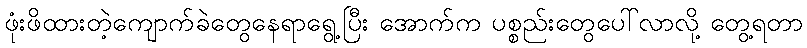
ဖုံးဖိထားတဲ့ကျောက်ခဲတွေနေရာရွေ့ပြီး အောက်က ပစ္စည်းတွေပေါ်လာလို့ တွေ့ရတာ